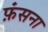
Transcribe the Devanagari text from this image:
फ़ंसना